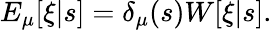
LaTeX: E_{\mu}[\xi|s]=\delta_{\mu}(s)W[\xi|s].